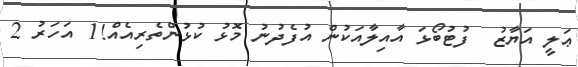
ޢަލީ އަޔާޒު  ފުޓުބޯޅަ އާއިލާއަކުން އުފެދުނު މޮޅު ކުޅުންތެރިއެއް!1 އަހަރު 2